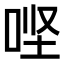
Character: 𫪄